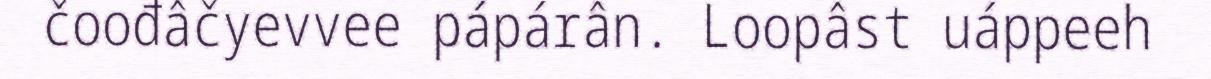
čoođâčyevvee pápárân. Loopâst uáppeeh